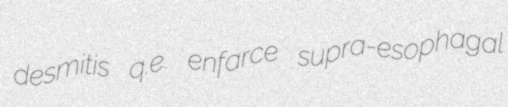
desmitis q.e. enfarce supra-esophagal